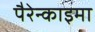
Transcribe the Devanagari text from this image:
पैरेन्काइमा